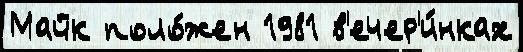
Майк поло́жен 1981 в'ечер'и́нках